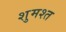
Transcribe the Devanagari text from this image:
शुमश्त